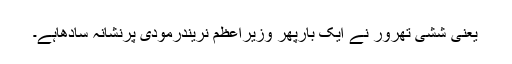
یعنی ششی تھرور نے ایک بارپھر وزیراعظم نریندرمودی پرنشانہ سادھاہے۔